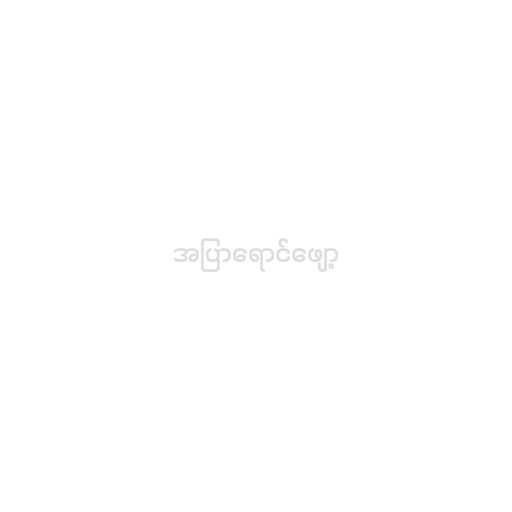
အပြာရောင်ဖျော့